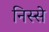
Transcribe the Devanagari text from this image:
निस्से